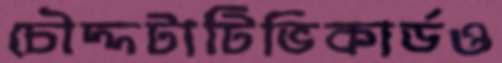
চৌদ্দটাটিভিকার্ডও